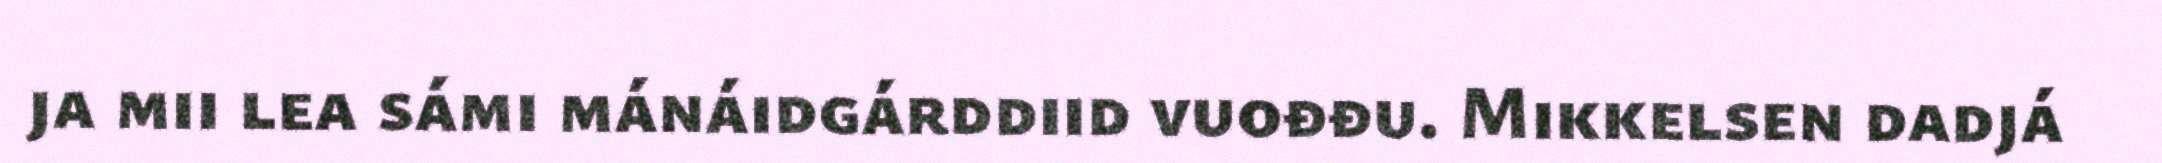
ja mii lea sámi mánáidgárddiid vuođđu. Mikkelsen dadjá